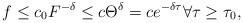
LaTeX: \begin{align*}f \leq c_0 F^{-\delta} \leq c \Theta^{\delta} = c e^{- \delta \tau} \forall \tau \geq \tau_0,\end{align*}